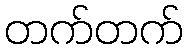
တက်တက်